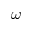
\omega